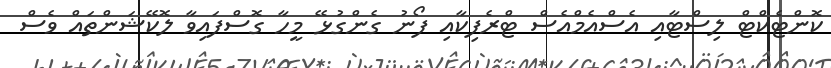
ކޮންޓެކްޓް ލިސްޓާއި އެސްއެމްއެސް ޓްރެފިކާއި ފޯނު ގެންގުޅޭ މީހާ ގޮސްފައިވާ ލޮކޭޝަންތައް ވެސް